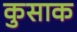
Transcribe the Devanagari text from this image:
कुसाक